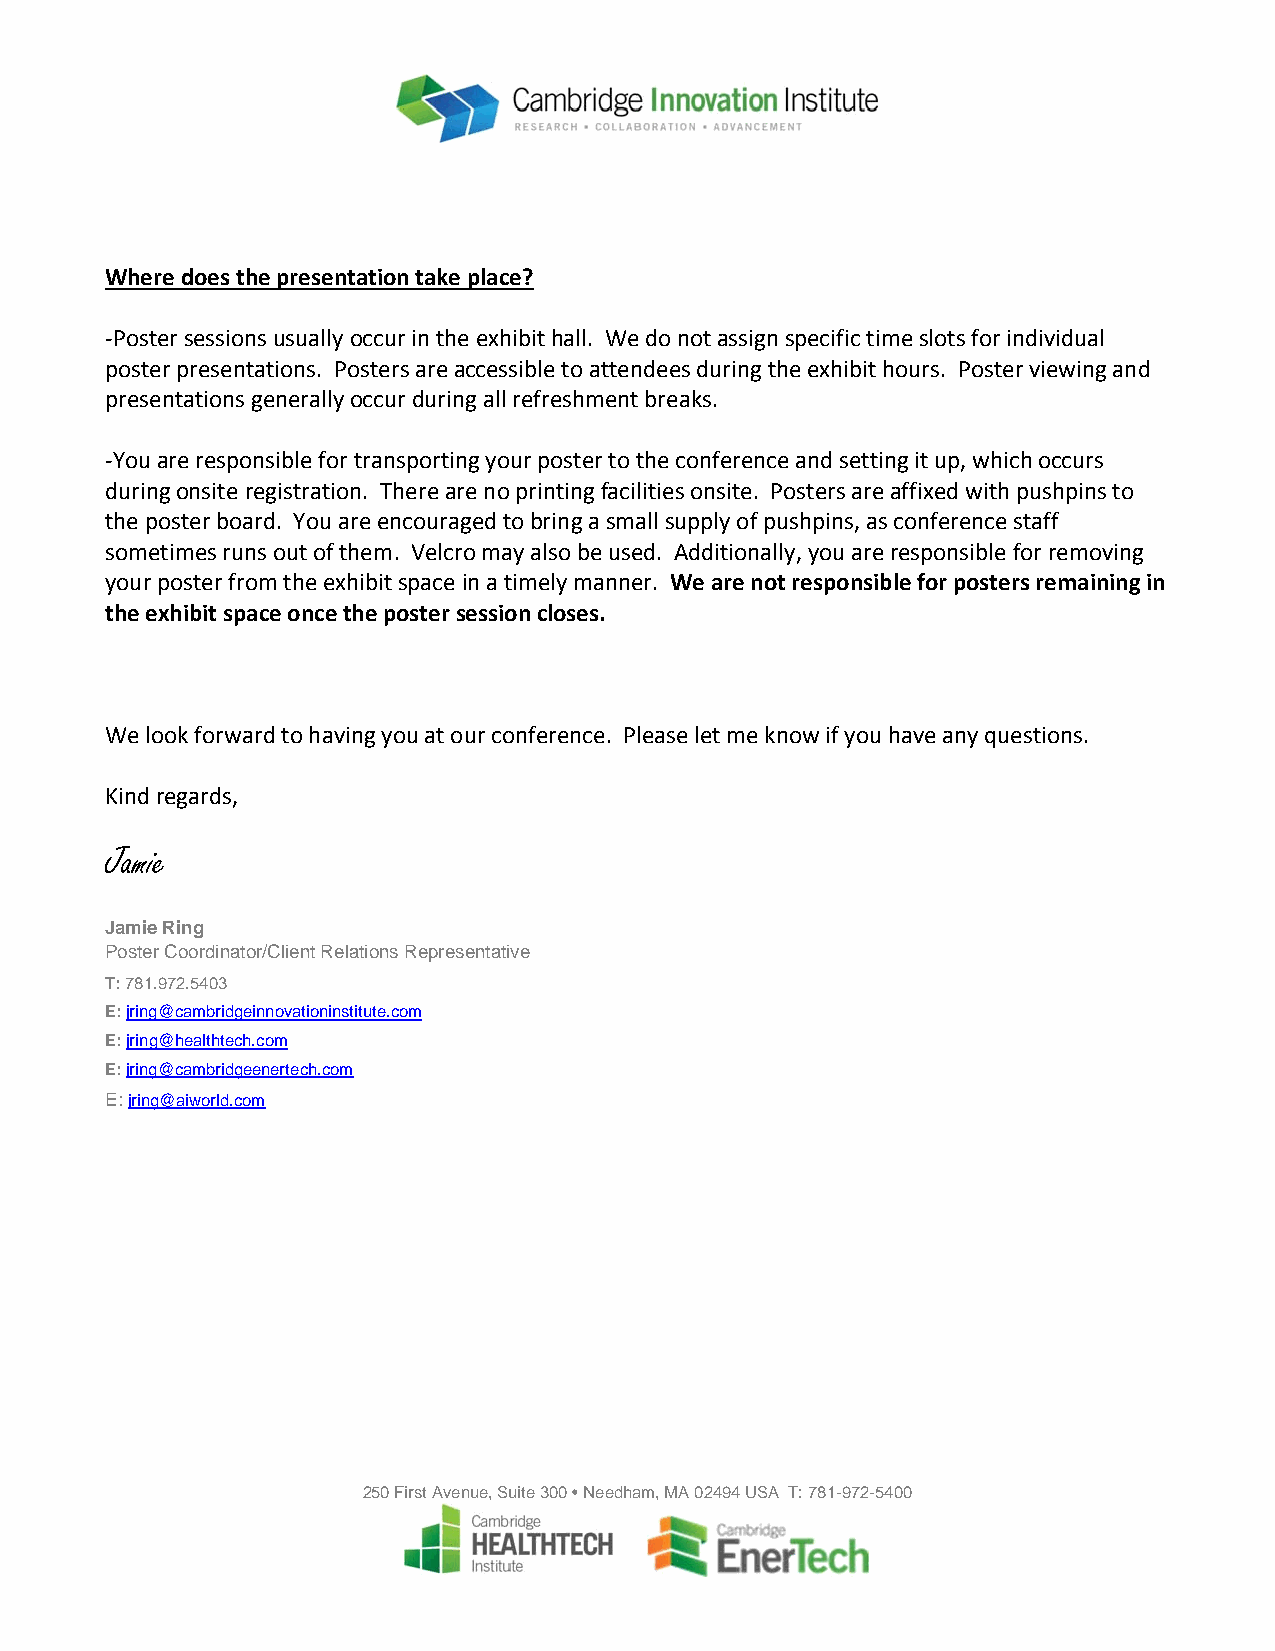
Where does the presentation take place?
 ‐Poster sessions usually occur in the exhibit hall. We do not assign specific time slots for individual
 poster presentations. Posters are accessible to attendees during the exhibit hours. Poster viewing and
 presentations generally occur during all refreshment breaks.
 ‐You are responsible for transporting your poster to the conference and setting it up, which occurs
 during onsite registration. There are no printing facilities onsite. Posters are affixed with pushpins to
 the poster board. You are encouraged to bring a small supply of pushpins, as conference staff
 sometimes runs out of them. Velcro may also be used. Additionally, you are responsible for removing
 your poster from the exhibit space in a timely manner. We are not responsible for posters remaining in
 the exhibit space once the poster session closes.
 We look forward to having you at our conference. Please let me know if you have any questions.
 Kind regards,
 Jamie
 Jamie Ring
 Poster Coordinator/Client Relations Representative
 T: 781.972.5403
 E: jring@cambridgeinnovationinstitute.com
 E: jring@healthtech.com
 E: jring@cambridgeenertech.com
 E: jring@aiworld.com
 250 First Avenue, Suite 300 • Needham, MA 02494 USA T: 781-972-5400